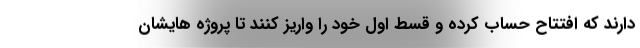
دارند که افتتاح حساب کرده و قسط اول خود را واریز کنند تا پروژه هایشان